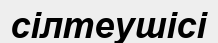
сілтеушісі